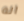
انه